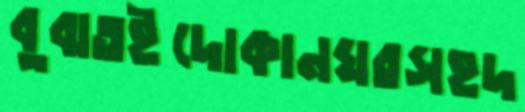
বুঝতইদোকানঘরসহদ